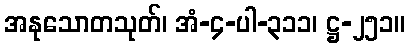
အနုသောတသုတ်၊ အံ-၄-ပါ-၃၁၁၊ ဋ္ဌ-၂၅၁။